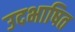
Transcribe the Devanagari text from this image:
उदभाषित